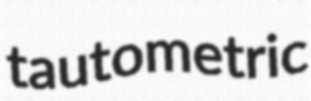
tautometric